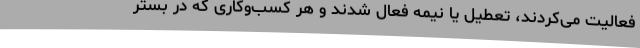
فعالیت می‌کردند، تعطیل یا نیمه فعال شدند و هر کسب‌وکاری که در بستر